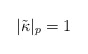
\begin{align*}|\tilde{\kappa}|_p=1\end{align*}